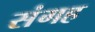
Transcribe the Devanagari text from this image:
संगह